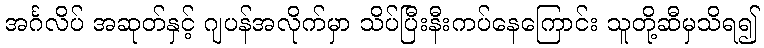
အင်္ဂလိပ် အဆုတ်နှင့် ဂျပန်အလိုက်မှာ သိပ်ပြီးနီးကပ်နေကြောင်း သူတို့ဆီမှသိရ၍